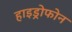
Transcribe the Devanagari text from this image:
हाइड्रोफोन